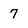
Character: 7